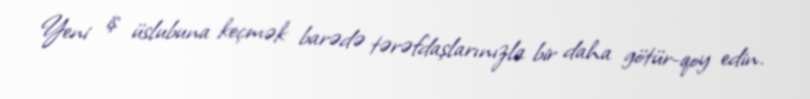
Yeni iş üslubuna keçmək barədə tərəfdaşlarınızla bir daha götür-qoy edin.